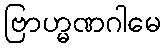
ဗြာဟ္မဏဂါမေ